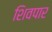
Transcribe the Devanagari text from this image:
शिवपार